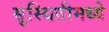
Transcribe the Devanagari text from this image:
सुस्थितीमध्ये